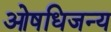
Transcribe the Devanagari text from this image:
ओषधिजन्य